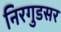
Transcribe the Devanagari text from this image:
निरगुडसर